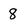
Character: 8